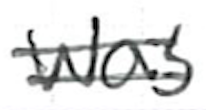
Text: was
Cross-out: mix
Writing tool: ballpoint